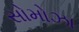
સોમોઝા